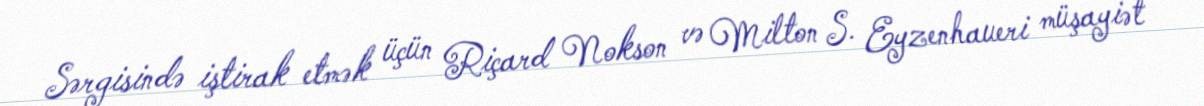
Sərgisində iştirak etmək üçün Riçard Nokson və Milton S. Eyzenhaueri müşayiət